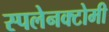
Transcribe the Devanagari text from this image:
स्पलेनक्टोमी